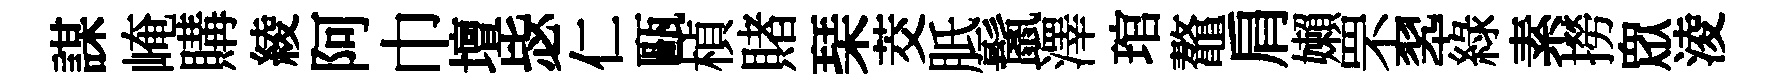
謀崦購綾阿巾壇毖仁甌楨賭琹茭胝鬛澤琯鼇肩嬾罘翆綠素撈衆淩